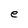
Character: e